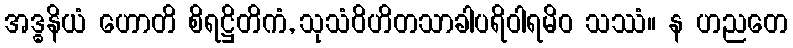
အဒ္ဓနိယံ ဟောတိ စိရဋ္ဌိတိကံ, သုသံဝိဟိတသာခါပရိဝါရမိဝ သဿံ။ န ဟညတေ